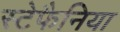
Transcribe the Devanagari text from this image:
स्टेफैनिया